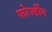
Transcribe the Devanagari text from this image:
फोर्ज्हीम